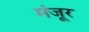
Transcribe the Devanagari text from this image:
मंंजूर